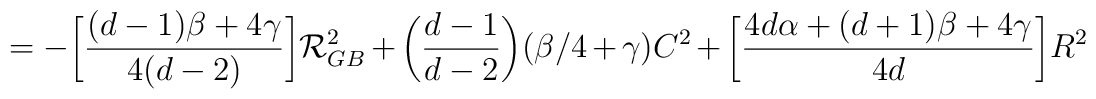
=-\bigg[\frac{(d-1)\beta+4\gamma}{4(d-2)}\bigg]{\cal R}_{GB}^2+\bigg(\frac{d-1}{d-2}\bigg)(\beta /4+\gamma)C^2+\bigg[\frac{4d\alpha+(d+1)\beta+4\gamma}{4d}\bigg]R^2